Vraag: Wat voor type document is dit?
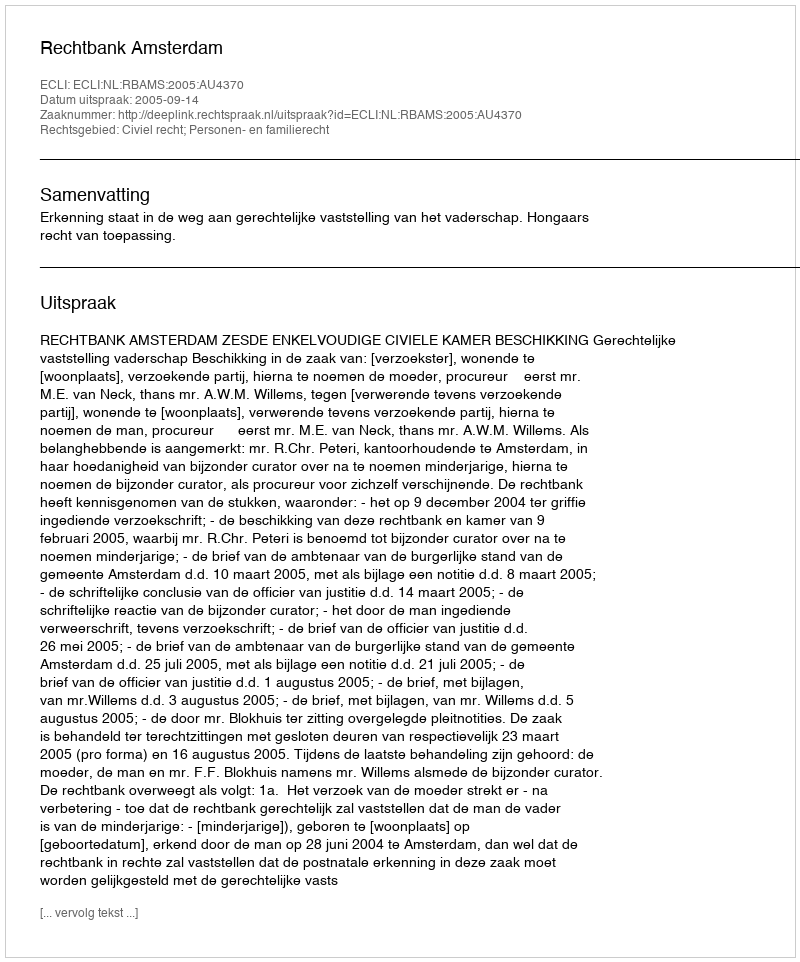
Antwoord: Uitspraak